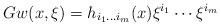
LaTeX: \begin{align*}Gw(x, \xi) =h_{i_1\dots i_m}(x)\xi^{i_1}\cdots \xi^{i_m}\end{align*}